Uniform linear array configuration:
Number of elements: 32
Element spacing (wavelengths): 0.75
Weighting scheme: exponential
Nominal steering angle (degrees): -15
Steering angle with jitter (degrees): -13.234
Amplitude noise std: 0.05
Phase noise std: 0.05

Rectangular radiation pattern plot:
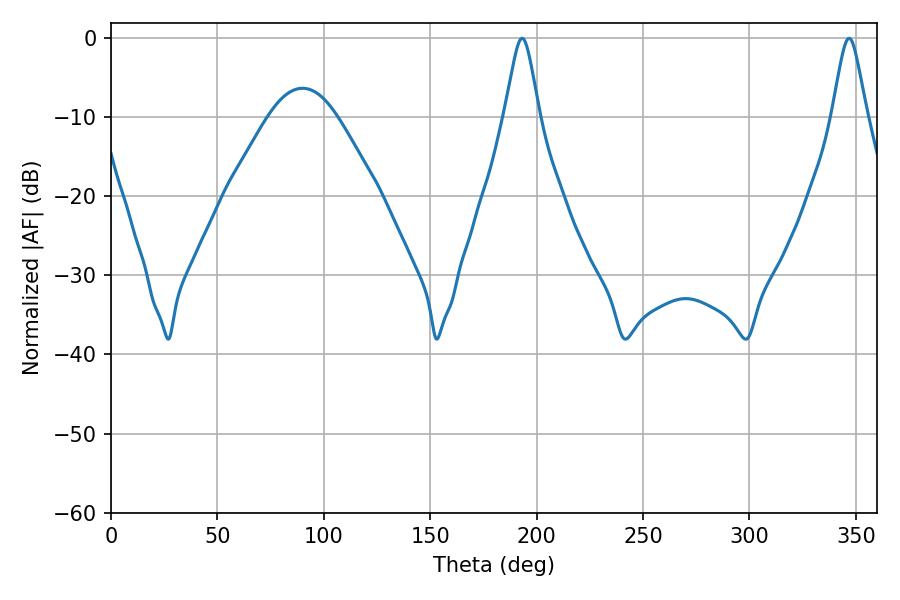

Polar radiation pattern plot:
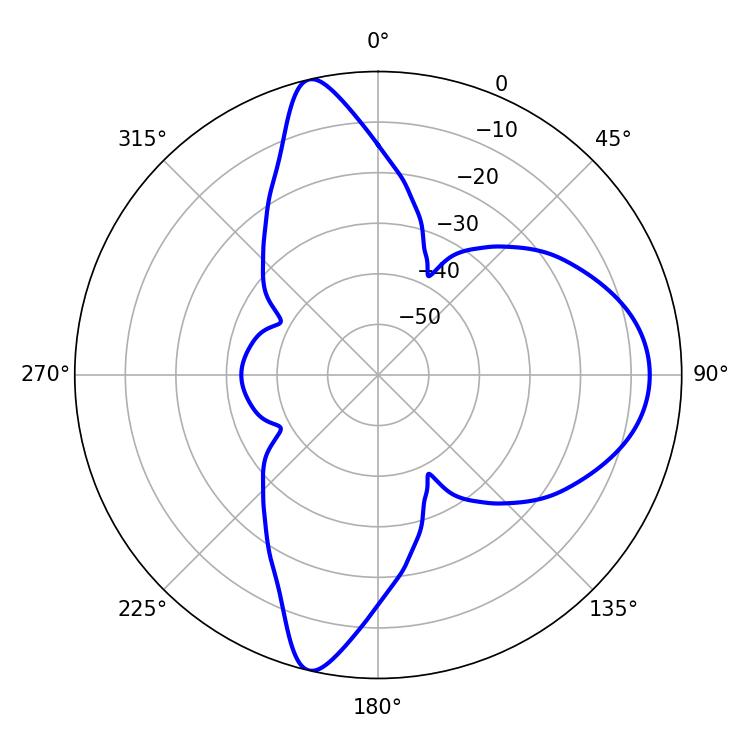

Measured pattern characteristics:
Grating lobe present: TRUE
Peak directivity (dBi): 15.517
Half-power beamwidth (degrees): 7.74
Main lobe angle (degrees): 193.14